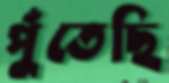
পুঁতেছি